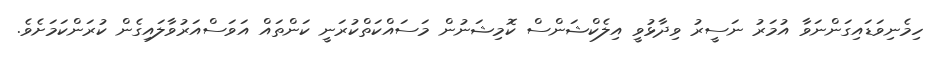
ހިމެނިވަޑައިގަންނަވާ އުމަރު ނަސީރު ވިދާޅުވީ އިލެކްޝަންސް ކޮމިޝަނުން މަސައްކަތްކުރަނީ ކަންތައް އަވަސްއަރުވާލައިގެން ކުރަންކަމަށެވެ.